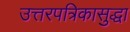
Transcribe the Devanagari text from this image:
उत्तरपत्रिकासुद्धा